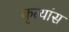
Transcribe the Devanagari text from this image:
कृत्यांस